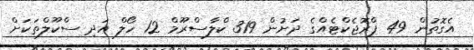
އެގޮތުން 49 ޕްރޮޖެކްޓެއްގެ ދަށުން 319 ކްލާސްރޫމް 12 ހޯލް އަދި ސްކޫލްތަކަށް